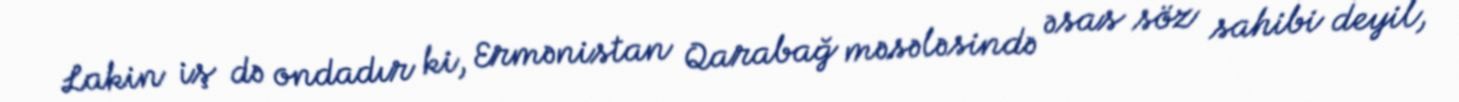
Lakin iş də ondadır ki, Ermənistan Qarabağ məsələsində əsas söz sahibi deyil,